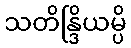
သတိန္ဒြိယမ္ပိ